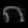
Digit: ၈